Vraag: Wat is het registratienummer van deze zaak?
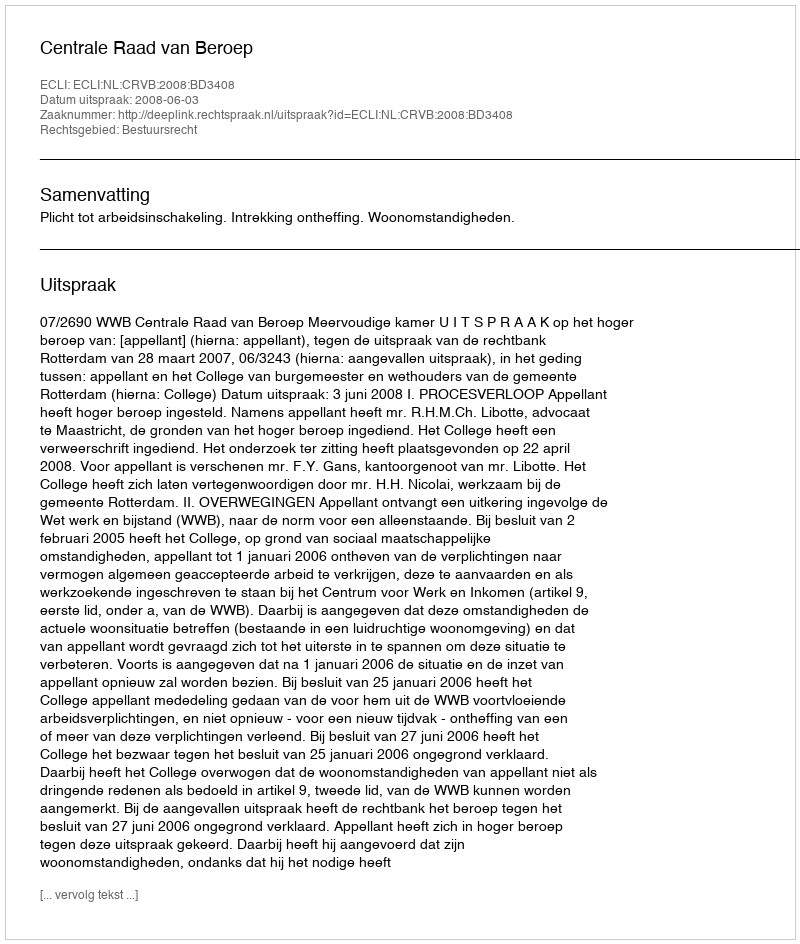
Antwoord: http://deeplink.rechtspraak.nl/uitspraak?id=ECLI:NL:CRVB:2008:BD3408